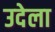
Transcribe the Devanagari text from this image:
उदेला